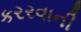
કરરવાની